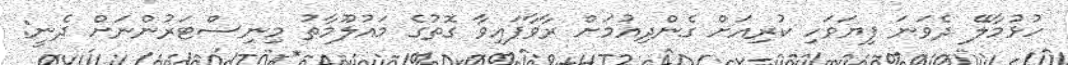
ހުޅުމާލޭ ދެވަނަ ފިޔަވަހި ކުރިއަށް ގެންދިއުމަށް ރާވާފައިވާ ގޮތުގެ މައުލޫމާތު މިނިސްޓަރުންނަށް ދެނީ: